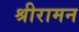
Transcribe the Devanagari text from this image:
श्रीरामन